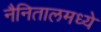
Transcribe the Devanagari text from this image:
नैनितालमध्ये